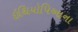
ઇથિયોપિઆના